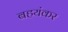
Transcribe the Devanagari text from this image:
बहयंकर